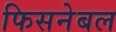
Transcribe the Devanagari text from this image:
फिसनेबल